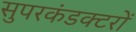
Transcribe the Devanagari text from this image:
सुपरकंडक्टरों